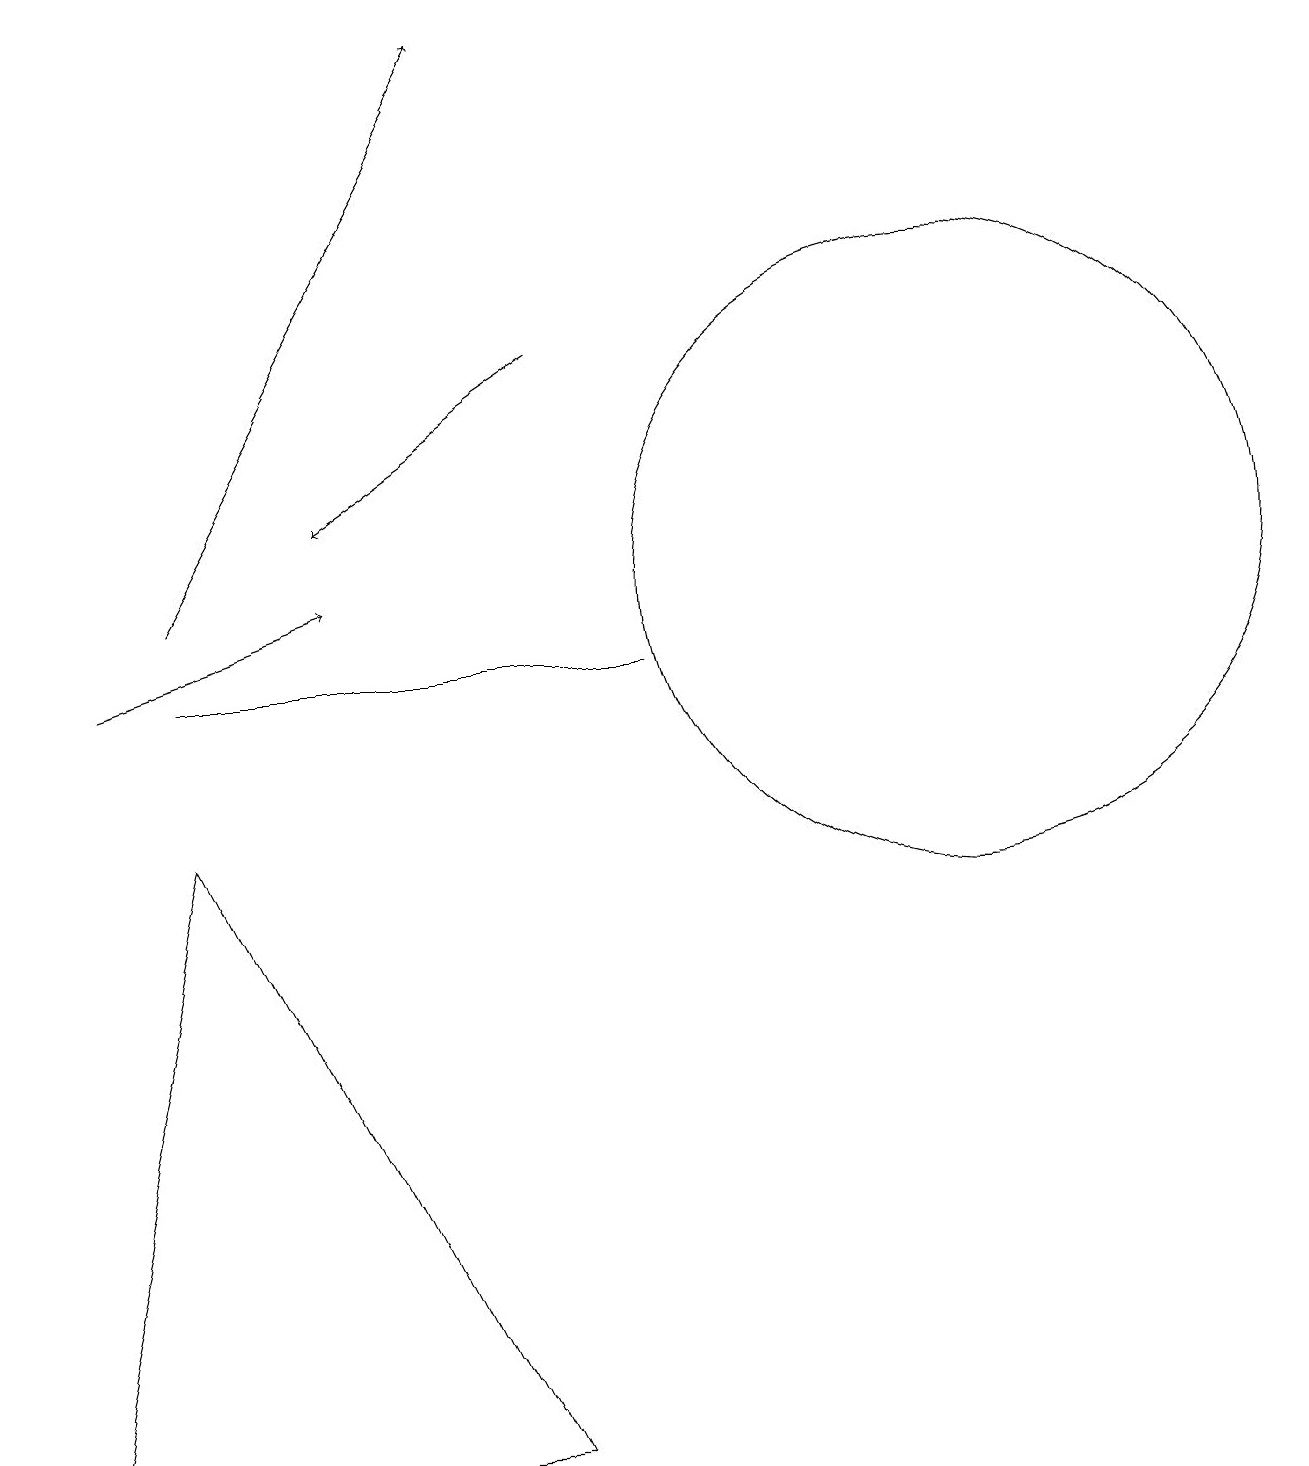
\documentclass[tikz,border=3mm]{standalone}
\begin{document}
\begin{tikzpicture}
\draw (8,11) rectangle (2,11);
\draw (12,12) circle (4);
\draw (2,9) -- (0,1) -- (6,1) -- cycle;
\draw[->] (7,15) -- (4,13);
\draw[->] (2,12) -- (6,19);
\draw[->] (1,11) -- (4,12);
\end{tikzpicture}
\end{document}